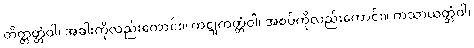
တိတ္တတ္တံဝါ၊ အခါးကိုလည်းကောင်း။ ကဋုကတ္တံဝါ၊ အစပ်ကိုလည်းကောင်း။ ကသာယတ္တံဝါ၊